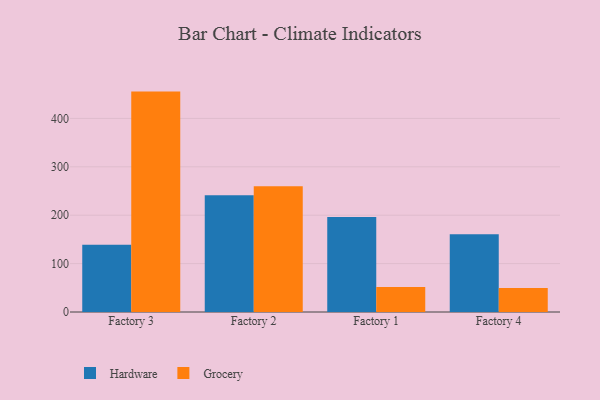
{"axis": {"x": "Factory", "y": "Revenue (USD Million)"}, "legend": ["Grocery", "Hardware"], "data": [{"x": "Factory 3", "y": 138.7, "type": "Hardware"}, {"x": "Factory 3", "y": 455.4, "type": "Grocery"}, {"x": "Factory 2", "y": 241.4, "type": "Hardware"}, {"x": "Factory 2", "y": 260.0, "type": "Grocery"}, {"x": "Factory 1", "y": 196.1, "type": "Hardware"}, {"x": "Factory 1", "y": 51.6, "type": "Grocery"}, {"x": "Factory 4", "y": 160.8, "type": "Hardware"}, {"x": "Factory 4", "y": 49.6, "type": "Grocery"}]}